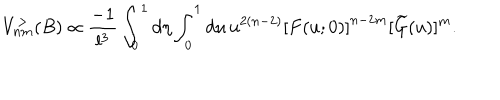
V _ { n m } ^ { > } ( B ) \propto \frac { - 1 } { l ^ { 3 } } \int _ { 0 } ^ { 1 } d \eta \int _ { 0 } ^ { 1 } d u \, u ^ { 2 ( n - 2 ) } \left[ F ( u ; 0 ) \right] ^ { n - 2 m } [ \widetilde { G } ( u ) ] ^ { m } .